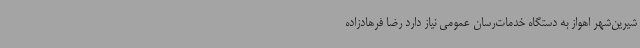
شیرین‌شهر اهواز به دستگاه خدمات‌رسان عمومی نیاز دارد رضا فرهادزاده